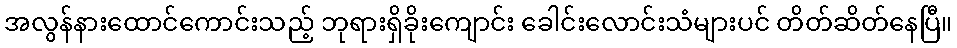
အလွန်နားထောင်ကောင်းသည့် ဘုရားရှိခိုးကျောင်း ခေါင်းလောင်းသံများပင် တိတ်ဆိတ်နေပြီ။